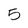
Character: 5